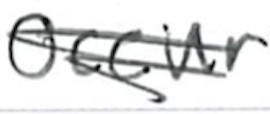
Text: occur
Cross-out: scratch
Writing tool: ballpoint